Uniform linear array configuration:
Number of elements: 8
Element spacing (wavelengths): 0.25
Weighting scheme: kaiser
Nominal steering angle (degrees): -60
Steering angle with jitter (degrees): -59.491
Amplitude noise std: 0.05
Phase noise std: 0.05

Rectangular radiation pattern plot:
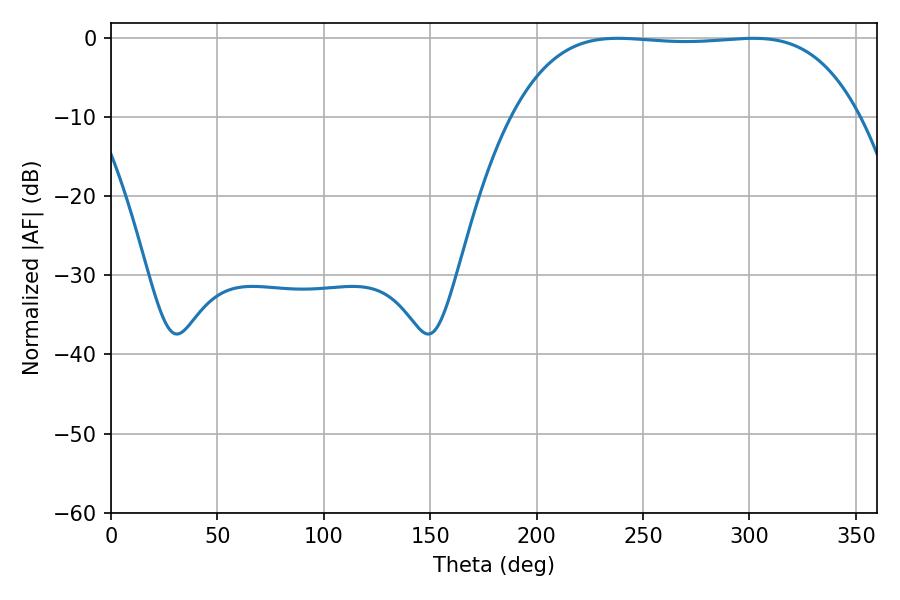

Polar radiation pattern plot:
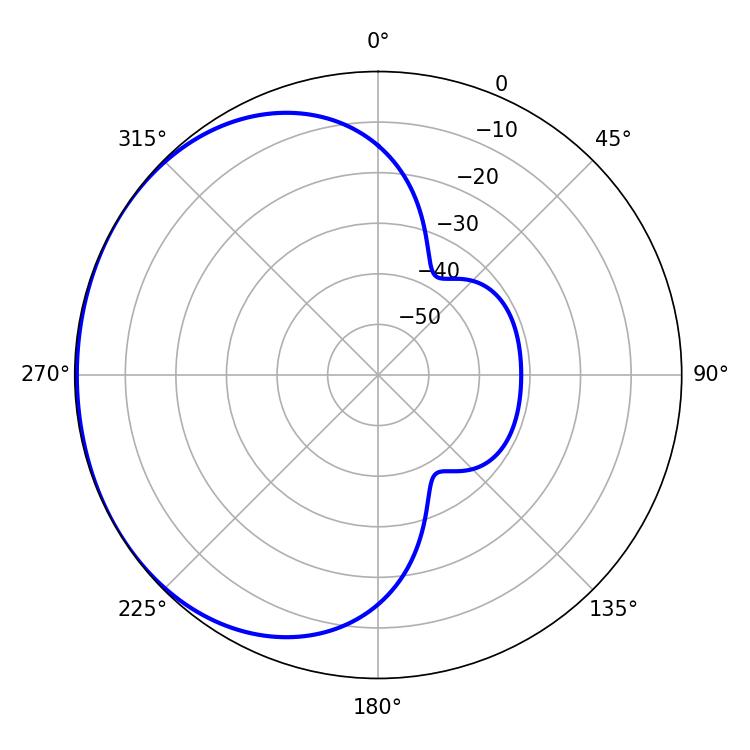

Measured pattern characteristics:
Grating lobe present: FALSE
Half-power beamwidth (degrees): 126.72
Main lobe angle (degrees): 238.14